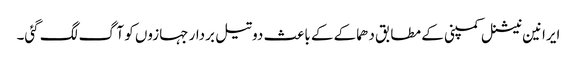
ایرانین نیشنل کمپنی کے مطابق دھماکے کے باعث دو تیل بردار جہازوں کو آگ لگ گئی۔